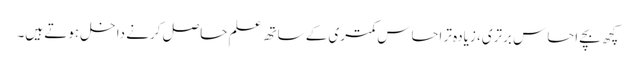
کچھ بچے احساس برتری، زیادہ تر احساس کمتری کے ساتھ علم حاصل کرنے داخل ہوتے ہیں۔